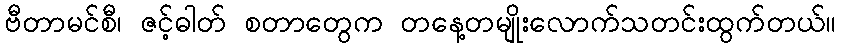
ဗီတာမင်စီ၊ ဇင့်ဓါတ် စတာတွေက တနေ့တမျိုးလောက်သတင်းထွက်တယ်။